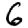
Digit: 6